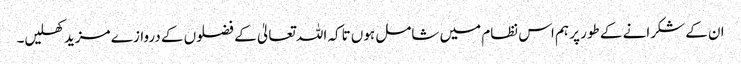
ان کے شکرانے کے طور پر ہم اس نظام میں شامل ہوں تاکہ اللہ تعالیٰ کے فضلوں کے دروازے مزید کھلیں۔